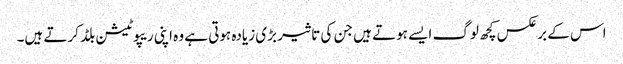
اس کے برعکس کچھ لوگ ایسے ہوتے ہیں جن کی تاثیر بڑی زیادہ ہوتی ہے وہ اپنی ریپوٹیشن بلڈ کرتے ہیں۔